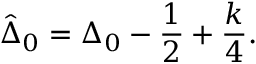
\hat { \Delta } _ { 0 } = \Delta _ { 0 } - \frac { 1 } { 2 } + \frac { k } { 4 } .